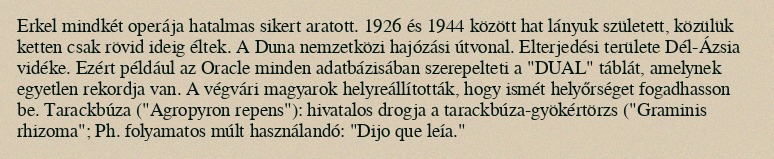
Erkel mindkét operája hatalmas sikert aratott. 1926 és 1944 között hat lányuk született, közülük ketten csak rövid ideig éltek. A Duna nemzetközi hajózási útvonal. Elterjedési területe Dél-Ázsia vidéke. Ezért például az Oracle minden adatbázisában szerepelteti a "DUAL" táblát, amelynek egyetlen rekordja van. A végvári magyarok helyreállították, hogy ismét helyőrséget fogadhasson be. Tarackbúza ("Agropyron repens"): hivatalos drogja a tarackbúza-gyökértörzs ("Graminis rhizoma"; Ph. folyamatos múlt használandó: "Dijo que leía."